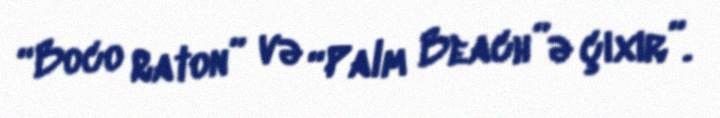
“Boco Raton” və “Palm Beach”ə çıxır”.